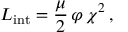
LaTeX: { \cal L } _ { \mathrm { i n t } } = \frac { \mu } { 2 } \, \varphi \, \chi ^ { 2 } \, ,